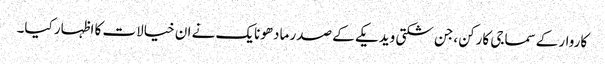
کاروار کےسماجی کارکن ،جن شکتی ویدیکے کے صدر مادھونایک نے ان خیالات کا اظہار کیا۔